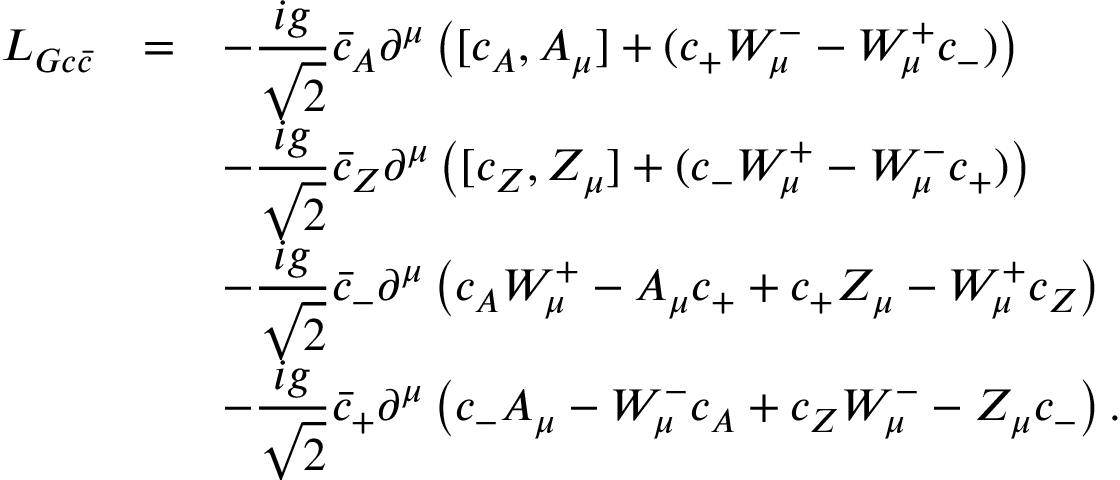
\begin{array} { r c l } { { { \cal L } _ { G c \bar { c } } } } & { { = } } & { { \displaystyle - \frac { i g } { \sqrt { 2 } } \bar { c } _ { A } \partial ^ { \mu } \left( [ c _ { A } , A _ { \mu } ] + ( c _ { + } W _ { \mu } ^ { - } - W _ { \mu } ^ { + } c _ { - } ) \right) } } \\ { { } } & { { } } & { { \displaystyle - \frac { i g } { \sqrt { 2 } } \bar { c } _ { Z } \partial ^ { \mu } \left( [ c _ { Z } , Z _ { \mu } ] + ( c _ { - } W _ { \mu } ^ { + } - W _ { \mu } ^ { - } c _ { + } ) \right) } } \\ { { } } & { { } } & { { \displaystyle - \frac { i g } { \sqrt { 2 } } \bar { c } _ { - } \partial ^ { \mu } \left( c _ { A } W _ { \mu } ^ { + } - A _ { \mu } c _ { + } + c _ { + } Z _ { \mu } - W _ { \mu } ^ { + } c _ { Z } \right) } } \\ { { } } & { { } } & { { \displaystyle - \frac { i g } { \sqrt { 2 } } \bar { c } _ { + } \partial ^ { \mu } \left( c _ { - } A _ { \mu } - W _ { \mu } ^ { - } c _ { A } + c _ { Z } W _ { \mu } ^ { - } - Z _ { \mu } c _ { - } \right) . } } \end{array}